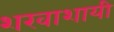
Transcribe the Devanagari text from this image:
शखाशायी